Report on vaccination North-West Frontier Province 1904-1922 - 1904-1922
Year: 1904
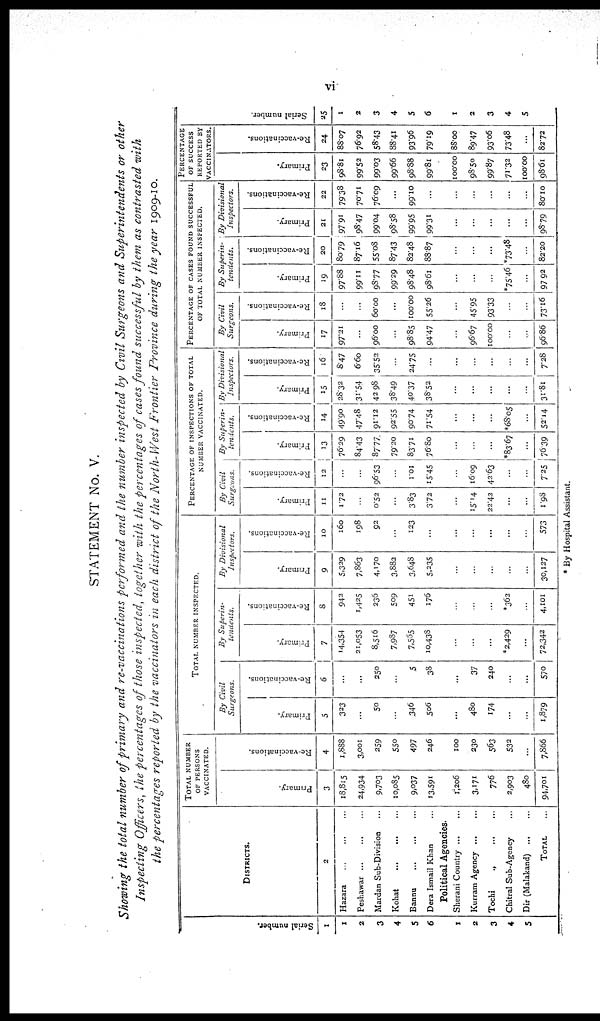
vi
STATEMENT No. V.
Showing the total number of primary and re-vaccinations performed and the number inspected by Civil Surgeons and Superintendents or other
Inspecting Officers, the percentages of those inspected, together with the percentages of cases found successful by them as contrasted with
the percentages reported by the vaccinators in each district of the North-West Frontier Province during the year 1909-10.
Serial number.
1
1
2
3
4
5
6
1
2
3
4
5
DISTRICTS.
2
Hazara ... ... ...
Peshawar ... ... ...
Mardan Sub-Division ...
Kohat
...
...
...
Bannu
...
...
...
Dera Ismail Khan ...
Political Agencies.
Sherani Country ... ...
Kurram Agency... ...
Tochi
.,
... ...
Chitral Sub-Agency ...
Dir (Malakand)
... ...
TOTAL ...
TOTAL NUMBER
OF PERSONS
VACCINATED.
Primary.
3
18,815
24,934
9,703
10,085
9,037
13,591
1,206
3,171
776
2,903
480
94,701
Re-vaccinations.
4
1,888
3,001
259
550
497
246
100
230
563
532
...
7,866
TOTAL NUMBER INSPECTED.
By Civil
Surgeons.
Primary.
5
323
...
50
...
346
506
...
480
174
...
...
1,879
Re-vaccinations.
6
...
...
250
...
.5
38
...
37
240
...
...
570
By Superin¬
tendents.
Primary.
7
14,354
21,053
8,516
7,987
7,565
10,438
...
...
...
*2,429
...
72,342
Re-vaccinations.
8
942
1,425
236
509
451
176
...
...
...
*362
...
4,101
By
Divisional
Inspectors.
Primary.
9
5,329
7,863
4,170
3,882
3,648
5,235
...
...
...
...
...
30,127
Re-vaccinations.
10
160
198
92
...
123
...
...
...
...
...
...
573
PERCENTAGE OF INSPECTIONS OF TOTAL
NUMBER VACCINATED.
By Civil
Surgeons.
Primary.
11
1.72
...
0.52
...
3.83
3.72
...
15.14
22.42
...
...
1.98
Re-vaccinations.
12
...
...
96.53
...
1.01
15.45
...
16.09
42.63
...
...
7.25
By
Superin-
tendents.
Primary.
13
76.29
84.43
87.77
79.20
83.71
76.80
...
...
...
*83.67
...
76.39
Re-vaccinations.
14
49.90
47.48
91.12
92.55
90.74
71.54
...
...
...
*68.05
...
52.14
By Divisional
lnspectors.
Primary.
15
28.32
31.54
42.98
38.49
40.37
38.52
...
...
...
...
...
31.81
Re-vaccinations.
16
8.47
6.60
35.52
...
24.75
...
...
...
...
...
...
7.28
PERCENTAGE OF CASES FOUND SUCCESSFUL
OF TOTAL NUMBER INSPECTED.
By Civil
Surgeons.
Primary.
17
97.21
...
96.00
...
98.85
94.47
...
96.67
100.00
...
...
96.86
Re-vaccinations.
18
...
...
60.00
...
100.00
55.26
...
45.95
93.33
...
...
73.16
By Superin-
tendents.
Primary.
19
97.88
99.11
98.77
99.29
98.48
98.61
...
...
...
*75.46
...
97.92
Re-vaccinations.
20
80.79
87.16
55.08
87.43
82.48
88.87
...
...
...
*73.48
...
82.20
By
Divisional
Inspectors.
Primary.
21
97.91
98.47
99.04
98.58
99.95
99.31
...
...
...
...
...
98.79
Re-vaccinations.
22
79.38
70.71
76.09
...
99.10
...
...
...
...
...
...
80.10
PERCENTAGE
OF SUCCESS
REPORTED BY
VACCINATORS.
Primary.
23
98.81
99.52
99.03
99.66
98.88
99.81
100.00
98.50
99.87
71.32
100.00
98.61
Re-vaccinations.
24
88.07
76.92
58.43
88.41
93.96
79.19
88.00
89.47
93.06
73.48
...
82.72
Serial number.
25
1
2
3
4
5
6
1
2
3
4
5
* By Hospital Assistant.